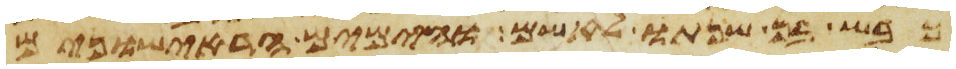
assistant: כבש בן שנתו לאשם והימים הראישונים